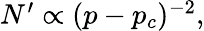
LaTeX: \begin{array}{r}{N^{\prime}\propto(p-p_{c})^{-2},}\end{array}